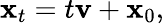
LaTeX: {\mathbf{x}}_{t}=t{\mathbf{v}}+{\mathbf{x}}_{0},